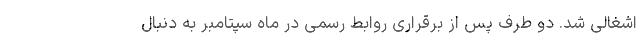
اشغالی شد. دو طرف پس از برقراری روابط رسمی در ماه سپتامبر به دنبال